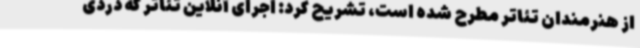
از هنرمندان تئاتر مطرح شده است، تشریح کرد: اجرای آنلاین تئاتر که دردی